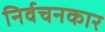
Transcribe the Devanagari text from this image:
निर्वचनकार